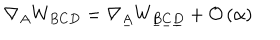
LaTeX: \nabla _ { A } W _ { B C D } = \nabla _ { \underline { { { A } } } } W _ { \underline { { { B } } } \underline { { { C } } } \underline { { { D } } } } + { \cal O } \left( \alpha \right)